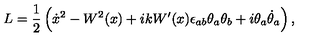
L = \frac { 1 } { 2 } \left( \dot { x } { } ^ { 2 } - W ^ { 2 } ( x ) + i k W ^ { \prime } ( x ) \epsilon _ { a b } \theta _ { a } \theta _ { b } + i \theta _ { a } \dot { \theta } _ { a } \right) ,